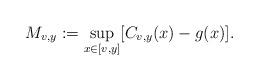
LaTeX: \begin{align*} M_{v,y} := \sup_{x \in [v,y]}[C_{v,y}(x) - g(x)].\end{align*}